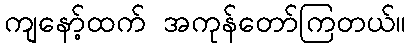
ကျနော့်ထက် အကုန်တော်ကြတယ်။